Report of the Indian Hemp Drugs Commission, 1894-1895 - Volume IV
Year: 1894
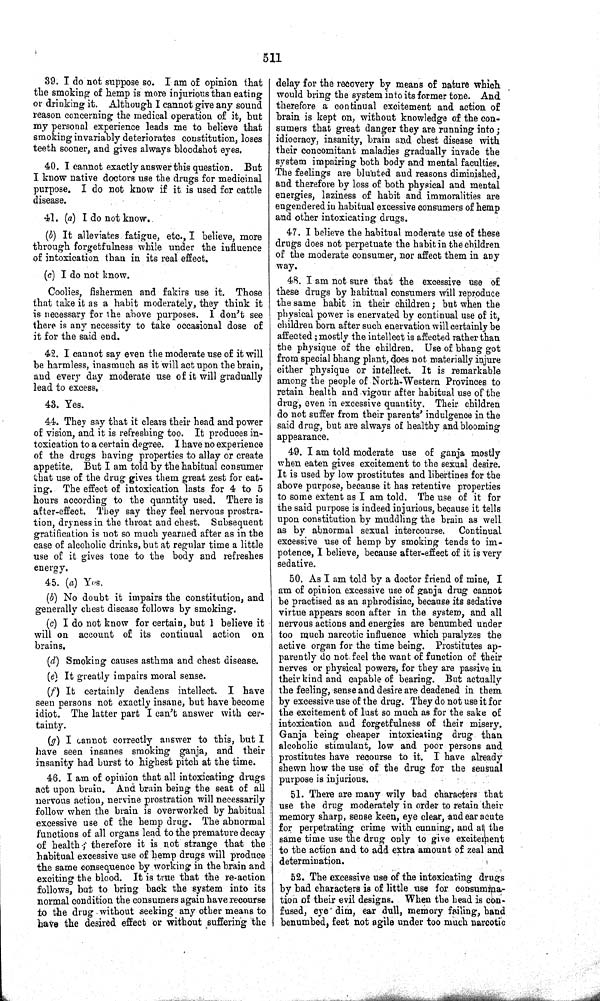
511
39. I do not suppose so. I am of opinion that
the smoking of hemp is more injurious than eating
or drinking it. Although I cannot give any sound
reason concerning the medical operation of it, but
my personal experience leads me to believe that
smoking invariably deteriorates constitution, loses
teeth sooner, and gives always bloodshot eyes.
40. I cannot exactly answer this question. But
I know native doctors use the drugs for medicinal
purpose. I do not know if it is used for cattle
disease.
41. (a) I do not know.
(b) It alleviates fatigue, etc., I believe, more
through forgetfulness while under the influence
of intoxication than in its real effect.
(c) I do not know.
Coolies, fishermen and fakirs use it. Those
that take it as a habit moderately, they think it
is necessary for the above purposes. I don't see
there is any necessity to take occasional dose of
it for the said end.
42. I cannot say even the moderate use of it will
be harmless, inasmuch as it will act upon the brain,
and every day moderate use of it will gradually
lead to excess.
43. Yes.
44. They say that it clears their head and power
of vision, and it is refreshing too. It produces in-
toxication to a certain degree. I have no experience
of the drugs having properties to allay or create
appetite. But I am told by the habitual consumer
that use of the drug gives them great zest for eat-
ing. The effect of intoxication lasts for 4 to 5
hours according to the quantity used. There is
after-effect. They say they feel nervous prostra-
tion, dryness in the throat and chest. Subsequent
gratification is not so much yearned after as in the
case of alcoholic drinks, but at regular time a little
use of it gives tone to the body and refreshes
energy.
45. (a) Yes.
(b) No doubt it impairs the constitution, and
generally chest disease follows by smoking.
(c) I do not know for certain, but 1 believe it
will on account of its continual action on
brains.
(d) Smoking causes asthma and chest disease.
(e) It greatly impairs moral sense.
(f) It certainly deadens intellect. I have
seen persons not exactly insane, but have become
idiot. The latter part I can't answer with cer-
tainty.
(g) I cannot correctly answer to this, but I
have seen insanes smoking ganja, and their
insanity had burst to highest pitch at the time.
46. I am of opinion that all intoxicating drugs
act upon brain. And brain being the seat of all
nervous action, nervine prostration will necessarily
follow when the brain is overworked by habitual
excessive use of the hemp drug. The abnormal;
functions of all organs lead to the premature decay
of health; therefore it is not strange that the
habitual excessive use of hemp drugs will produce
the same consequence by working in the brain and
exciting the blood. It is true that the re-action
follows, but to bring back the system into its
normal condition the consumers again have recourse
to the drug without seeking any other means to
have the desired effect or without suffering the
delay for the recovery by means of nature which
would bring the system into its former tone. And
therefore a continual excitement and action of
brain is kept on, without knowledge of the con-
sumers that great danger they are running into;
idiocracy, insanity, brain and chest disease with
their concomitant maladies gradually invade the
system impairing both body and mental faculties.
The feelings are blunted and reasons diminished,
and therefore by loss of both physical and mental
energies, laziness of habit and immoralities are
engendered in habitual excessive consumers of hemp
and other intoxicating drugs.
47. I believe the habitual moderate use of these
drugs does not perpetuate the habit in the children
of the moderate consumer, nor affect them in any
way.
48. I am not sure that the excessive use of
these drugs by habitual consumers will reproduce
the same habit in their children; but when the
physical power is enervated by continual use of it,
children born after such enervation will certainly be
affected; mostly the intellect is affected rather than
the physique of the children. Use of bhang got
from special bhang plant, does not materially injure
either physique or intellect. It is remarkable
among the people of North-Western Provinces to
retain health and vigour after habitual use of the
drug, even in excessive quantity. Their children
do not suffer from their parents' indulgence in the
said drug, but are always of healthy and blooming
appearance.
49. I am told moderate use of ganja mostly
when eaten gives excitement to the sexual desire.
It is used by low prostitutes and libertines for the
above purpose, because it has retentive properties
to some extent as I am told. The use of it for
the said purpose is indeed injurious, because it tells
upon constitution by muddling the brain as well
as by abnormal sexual intercourse.
Continual
excessive use of hemp by smoking tends to im-
potence, I believe, because after-effect of it is very
sedative.
50. As I am told by a doctor friend of mine, I
am of opinion excessive use of ganja drug cannot
be practised as an aphrodisiac, because its sedative
virtue appears soon after in the system, and all
nervous actions and energies are benumbed under
too much narcotic influence which paralyzes the
active organ for the time being. Prostitutes ap-
parently do not feel the want of function of their
nerves or physical powers, for they are passive in
their kind and capable of bearing. But actually
the feeling, sense and desire are deadened in them
by excessive use of the drug. They do not use it for
the excitement of lust so much as for the sake of
intoxication and forgetfulness of their misery.
Ganja being cheaper intoxicating drug than
alcoholic stimulant, low and poor persons and
prostitutes have recourse to it. I have already
shewn how the use of the drug for the sensual
purpose is injurious.
51. There are many wily bad characters that
use the drug moderately in order to retain their
memory sharp, sense keen, eye clear, and ear acute
for perpetrating crime with cunning, and at the
same time use the drug only to give excitement
to the action and to add extra amount of zeal and
determination.
52. The excessive use of the intoxicating drugs
by bad characters is of little use for consumma-
tion of their evil designs. When the head is con-
fused, eye dim, ear dull, memory failing, hand
benumbed, feet not agile under too much narcotic